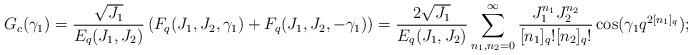
LaTeX: \begin{align*} G_c(\gamma_1) = \frac{\sqrt{J_1}}{E_q(J_1,J_2)}\left( F_q(J_1,J_2,\gamma_1) + F_q(J_1,J_2,-\gamma_1)\right) = \frac{2\sqrt{J_1}}{E_q(J_1,J_2)}\sum_{n_1,n_2 =0 }^\infty \frac{J_1^{n_1}J_2^{n_2}}{[n_1]_q![n_2]_q!}\cos(\gamma_1q^{2[n_1]_q}); \end{align*}